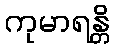
ကုမာရန္တိ